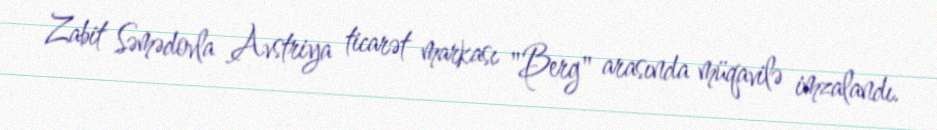
Zabit Səmədovla Avstriya ticarət markası "Berg" arasında müqavilə imzalandı.